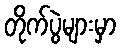
တိုက်ပွဲများမှာ